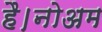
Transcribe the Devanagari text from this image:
है।नोअम